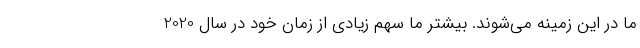
ما در این زمینه می‌شوند. بیشتر ما سهم زیادی از زمان خود در سال 2020